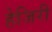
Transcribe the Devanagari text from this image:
हेजिरी